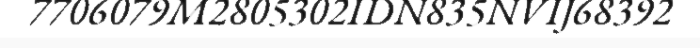
7706079M2805302IDN835NVIJ68392